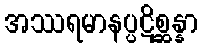
အဿရမာနပ္ပဋိစ္ဆန္နာ